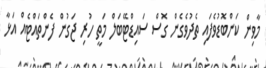
މާވިން ކަންބޮޑުވެފައި ތެދުވެގެން ގޮސް ސައިޑްޓޭބަލް މަތީ ހުރި ޖަގުން ފެންތައްޓެއް އަޅާ